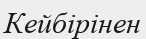
Кейбірінен